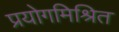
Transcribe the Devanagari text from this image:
प्रयोगमिश्रित